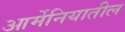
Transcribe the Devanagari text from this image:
आर्मेनियातील